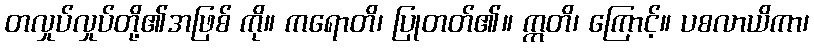
တလှုပ်လှုပ်တို့၏အဖြစ် ကို။ ကရောတိ၊ ပြုတတ်၏။ ဣတိ၊ ကြောင့်။ ပစလာယိကာ၊